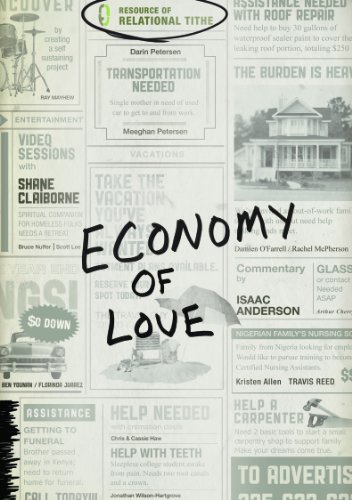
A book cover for Economy of Love: Creating a Community of Enough; Relational Tithe; Christian Books & Bibles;